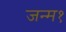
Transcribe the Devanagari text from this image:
जन्म१